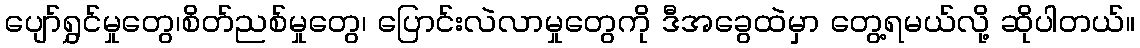
ပျော်ရွှင်မှုတွေ၊စိတ်ညစ်မှုတွေ၊ ပြောင်းလဲလာမှုတွေကို ဒီအခွေထဲမှာ တွေ့ရမယ်လို့ ဆိုပါတယ်။